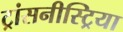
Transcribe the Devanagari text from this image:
ट्रांसनीस्ट्रिया